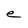
Character: e